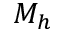
M _ { h }